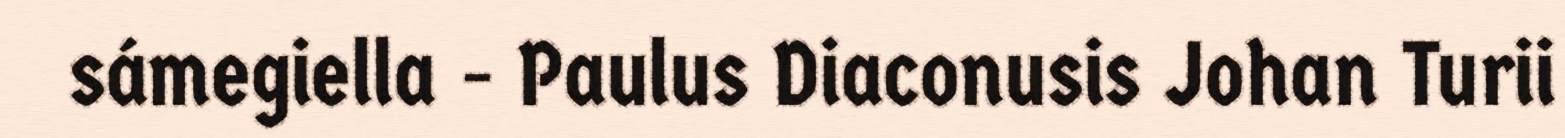
sámegiella - Paulus Diaconusis Johan Turii